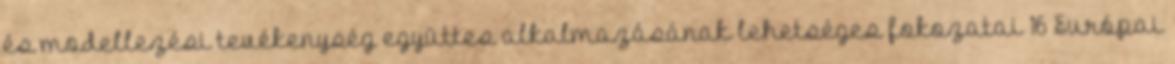
és modellezési tevékenység együttes alkalmazásának lehetséges fokozatai 16 Európai